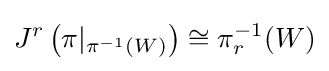
J^{r}\left(\pi |_{\pi ^{-1}(W)}\right)\cong \pi _{r}^{-1}(W)